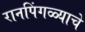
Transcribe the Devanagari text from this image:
रानपिंगळ्याचे